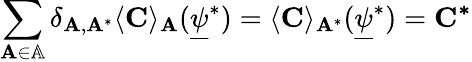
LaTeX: \sum_{\mathbf{A}\in\mathbb{A}}\delta_{\mathbf{A},\mathbf{A}^{*}}\langle\mathbf{C}\rangle_{\mathbf{A}}(\underline{{\psi}}^{*})=\langle\mathbf{C}\rangle_{\mathbf{A}^{*}}(\underline{{\psi}}^{*})=\mathbf{C^{*}}